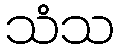
သံသ